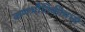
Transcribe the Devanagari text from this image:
कणभौतिकीमध्ये